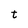
Character: t